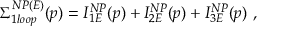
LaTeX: \Sigma _ { 1 l o o p } ^ { N P ( E ) } ( p ) = I _ { 1 E } ^ { N P } ( p ) + I _ { 2 E } ^ { N P } ( p ) + I _ { 3 E } ^ { N P } ( p ) ~ ,